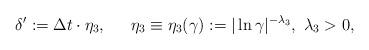
LaTeX: \begin{align*}\delta':=\Delta t\cdot\eta_3,\quad\,\,\, \eta_3\equiv\eta_3(\gamma):=|\ln\gamma|^{-\lambda_3},\,\,\lambda_3>0,\end{align*}